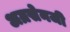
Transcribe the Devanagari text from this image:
अग्रसेनजी